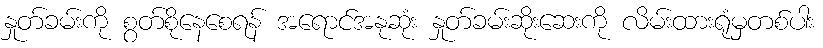
နှုတ်ခမ်းကို စွတ်စိုနေစေရန် အရောင်အနုဆုံး နှုတ်ခမ်းဆိုးဆေးကို လိမ်းထားရုံမှတစ်ပါး